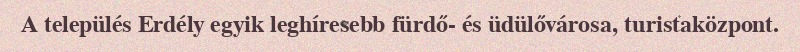
A település Erdély egyik leghíresebb fürdő- és üdülővárosa, turistaközpont.